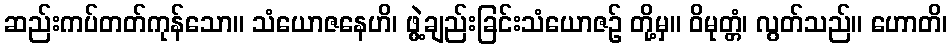
ဆည်းကပ်တတ်ကုန်သော။ သံယောဇနေဟိ၊ ဖွဲ့ချည်းခြင်းသံယောဇဉ် တို့မှ။ ဝိမုတ္တံ၊ လွတ်သည်။ ဟောတိ၊